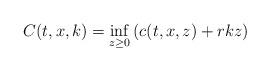
LaTeX: \begin{align*}C(t,x,k)=\inf_{z \geq 0}\left( c(t,x,z)+rkz \right) \end{align*}